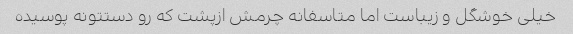
خیلی خوشگل و زیباست اما متاسفانه چرمش ازپشت که رو دستتونه پوسیده